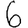
Digit: 6